Civil Veterinary Department. United Provinces 1932-42 - 1932-1942
Year: 1932
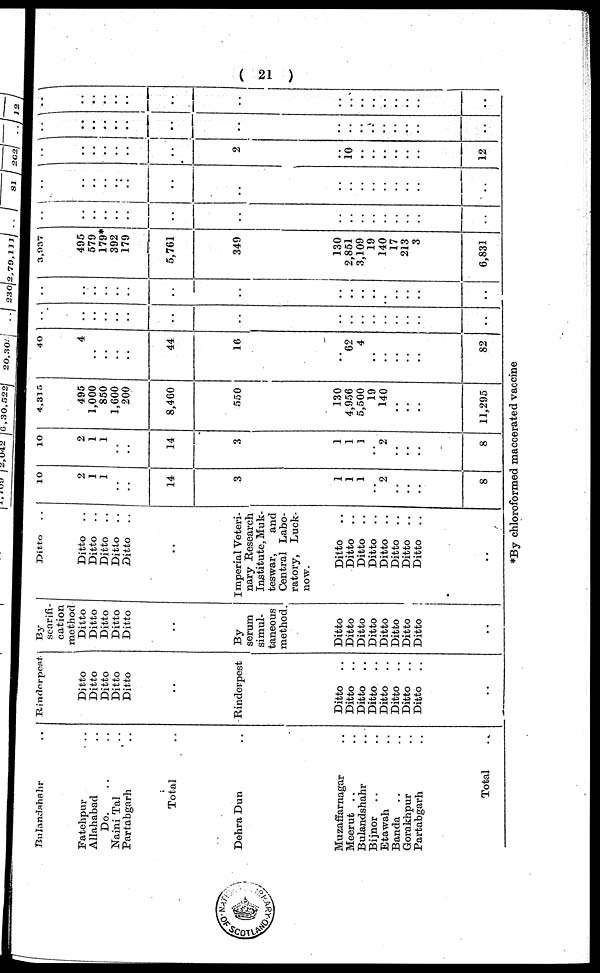
(21)
Bulandshahr ..
Fatehpur ..
Allahabad ..
Do. .. ..
Naini Tal ..
Partabgarh ..
Total ..
Dehra Dun ..
Muzaffarnagar ..
Meerut .. ..
Bulandshahr ..
Bijnor .. ..
Etawah ..
Banda .. ..
Gorakhpur ..
Partabgarh ..
Total ..
Rinderpest
Ditto
Ditto
Ditto
Ditto
Ditto
..
Rinderpest
Ditto ..
Ditto ..
Ditto ..
Ditto ..
Ditto ..
Ditto ..
Ditto ..
Ditto ..
..
By
scarifi-
cation
method Ditto
Ditto
Ditto
Ditto
Ditto
..
By
serum
simul-
taneous
method.
Ditto
Ditto
Ditto
Ditto
Ditto
Ditto
Ditto
Ditto
..
Ditto
..
Ditto ..
Ditto ..
Ditto ..
Ditto ..
Ditto ..
..
Imperial Veteri-
nary Research
Institute, Muk-
teswar,
and
Central Labo-
ratory, Luck¬
now.
Ditto ..
Ditto ..
Ditto ..
Ditto ..
Ditto ..
Ditto ..
Ditto ..
Ditto ..
..
10
2
1
1
..
..
14
3
1
1
1
..
2
..
..
..
8
10
2
1
1
..
..
14
3
1
1
1
..
2
..
..
..
8
4,315
495
1,000
850
1,600
200
8,460
550
130
4,956
5,500
19
140
..
..
..
11,295
40
4
..
..
..
..
44
16
..
62
4
..
..
..
..
..
82
..
..
..
..
..
..
..
..
..
..
..
..
..
..
..
..
..
..
..
..
..
..
..
..
..
..
..
..
..
..
..
..
..
..
3,937
495
579
179*
392
179
5,761
349
130
2,851
3,109
19
140
17
213
3
6,831
..
..
..
..
..
..
..
..
..
..
..
..
..
..
..
..
..
..
..
..
..
..
..
..
..
..
..
..
..
..
..
..
..
..
..
..
..
..
..
..
..
..
..
2
..
10
..
..
..
..
..
..
12
..
..
..
..
..
..
..
..
..
..
..
..
..
..
..
..
..
..
..
..
..
..
..
..
..
..
..
..
..
..
..
..
..
..
*By chloroformed maccerated vaccine